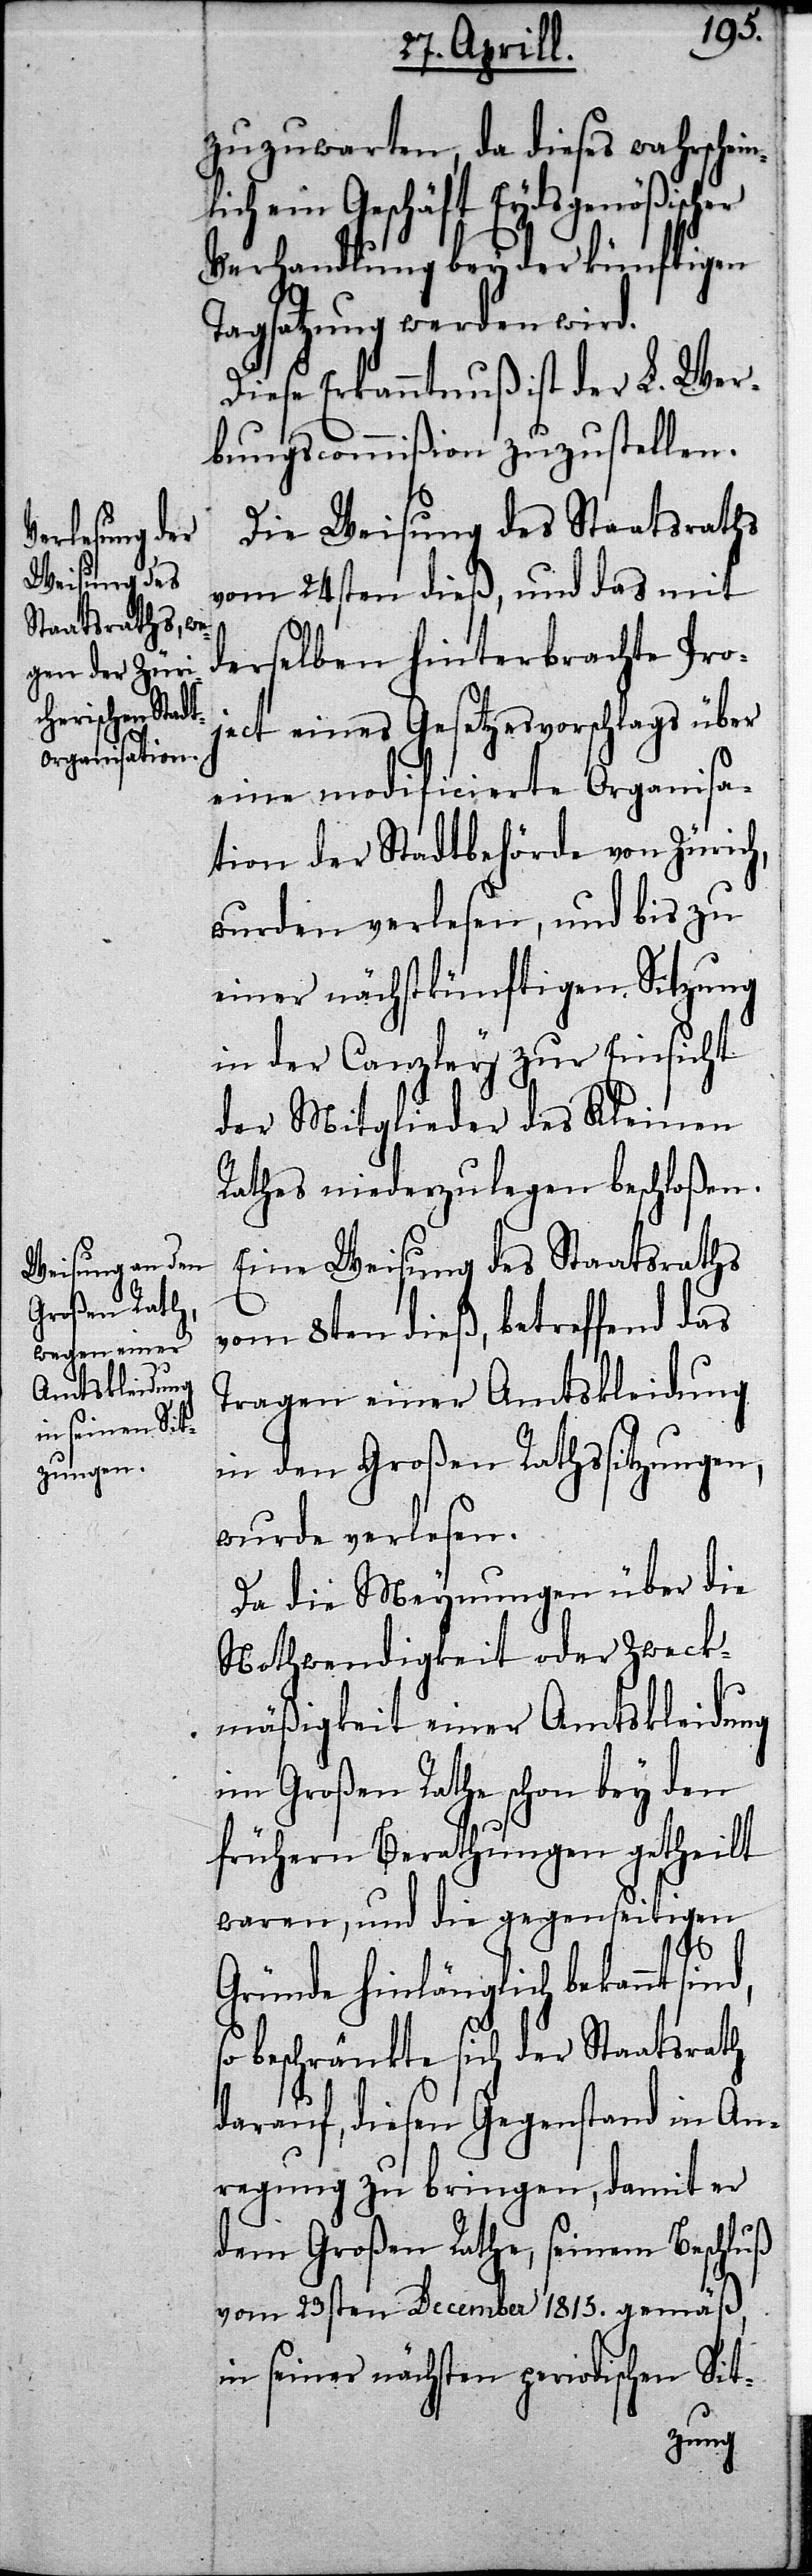
zuzuwarten, da dieses wahrschei¬
lich ein Geschäft Eydsgenößischer
Verhandlung bey der künftigen
Tagsatzung werden wird.
Diese Erkanntnuß ist der L. Wer¬
bungscommißion zuzustellen.
Die Weisung des Staatsraths
vom 24sten dieß, und das mit
derselben hinterbrachte Pro¬
ject eines Gesetzesvorschlags über
eine modificierte Organisa¬
tion der Stadtbehörde von Zürich,
wurden verlesen, und bis zu
einer nächstkünftigen Sitzung
in der Canzley zur Einsicht
der Mitglieder des Kleinen
Rathes niederzulegen beschloßen.
Eine Weisung des Staatsraths
vom 8ten dieß, betreffend das
Tragen einer Amtskleidung
in den Großen Rathssitzungen,
wurde verlesen.
Da die Meynungen über die
Nothwendigkeit oder Zweck¬
mäßigkeit einer Amtskleidung
im Großen Rathe schon bey den
frühern Berathungen getheilt
waren, und die gegenseitigen
d,
Gründe hinlänglich bekannt sin¬
beschränkte sich der Staatsrath
darauf, diesen Gegenstand in An¬
regung zu bringen, damit er
dem Großen Rathe, seinem Beschluß
vom 23sten December 1815. gemäß,
in seiner nächsten periodischen Sit-